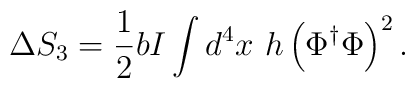
\Delta S_3 = \frac{1}{2} b I \int d^4 x~h \left( \Phi^{\dagger} \Phi \right) ^2.